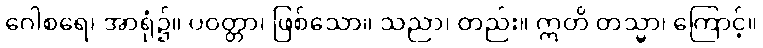
ဂေါစရေ၊ အာရုံ၌။ ပဝတ္တာ၊ ဖြစ်သော။ သညာ၊ တည်း။ ဣတိ တသ္မာ၊ ကြောင့်။